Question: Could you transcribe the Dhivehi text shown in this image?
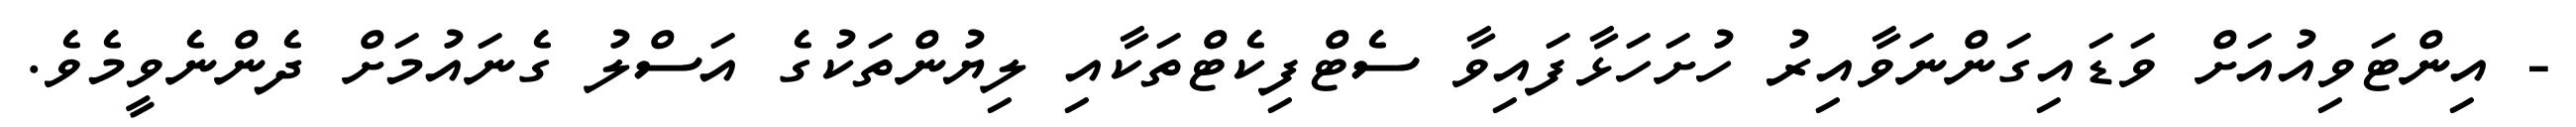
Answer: - އިންޓަވިއުއަށް ވަޑައިގަންނަވާއިރު ހުށަހަޅާފައިވާ ސެޓްފިކެޓްތަކާއި ލިޔުންތަކުގެ އަސްލު ގެނައުމަށް ދެންނެވީމެވެ.